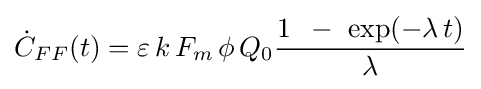
{\dot {C}}_{FF}(t)=\varepsilon \,k\,F_{m}\,\phi \,Q_{0}{{1\,\,\,-\,\,\exp(-\lambda \,t)} \over \lambda }